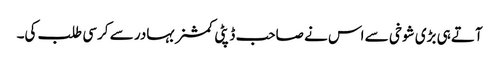
آتے ہی بڑی شوخی سے اس نے صاحب ڈپٹی کمشنر بہادر سے کرسی طلب کی۔